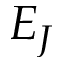
E _ { J }